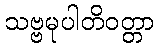
သဗ္ဗမုပါတိဝတ္တာ